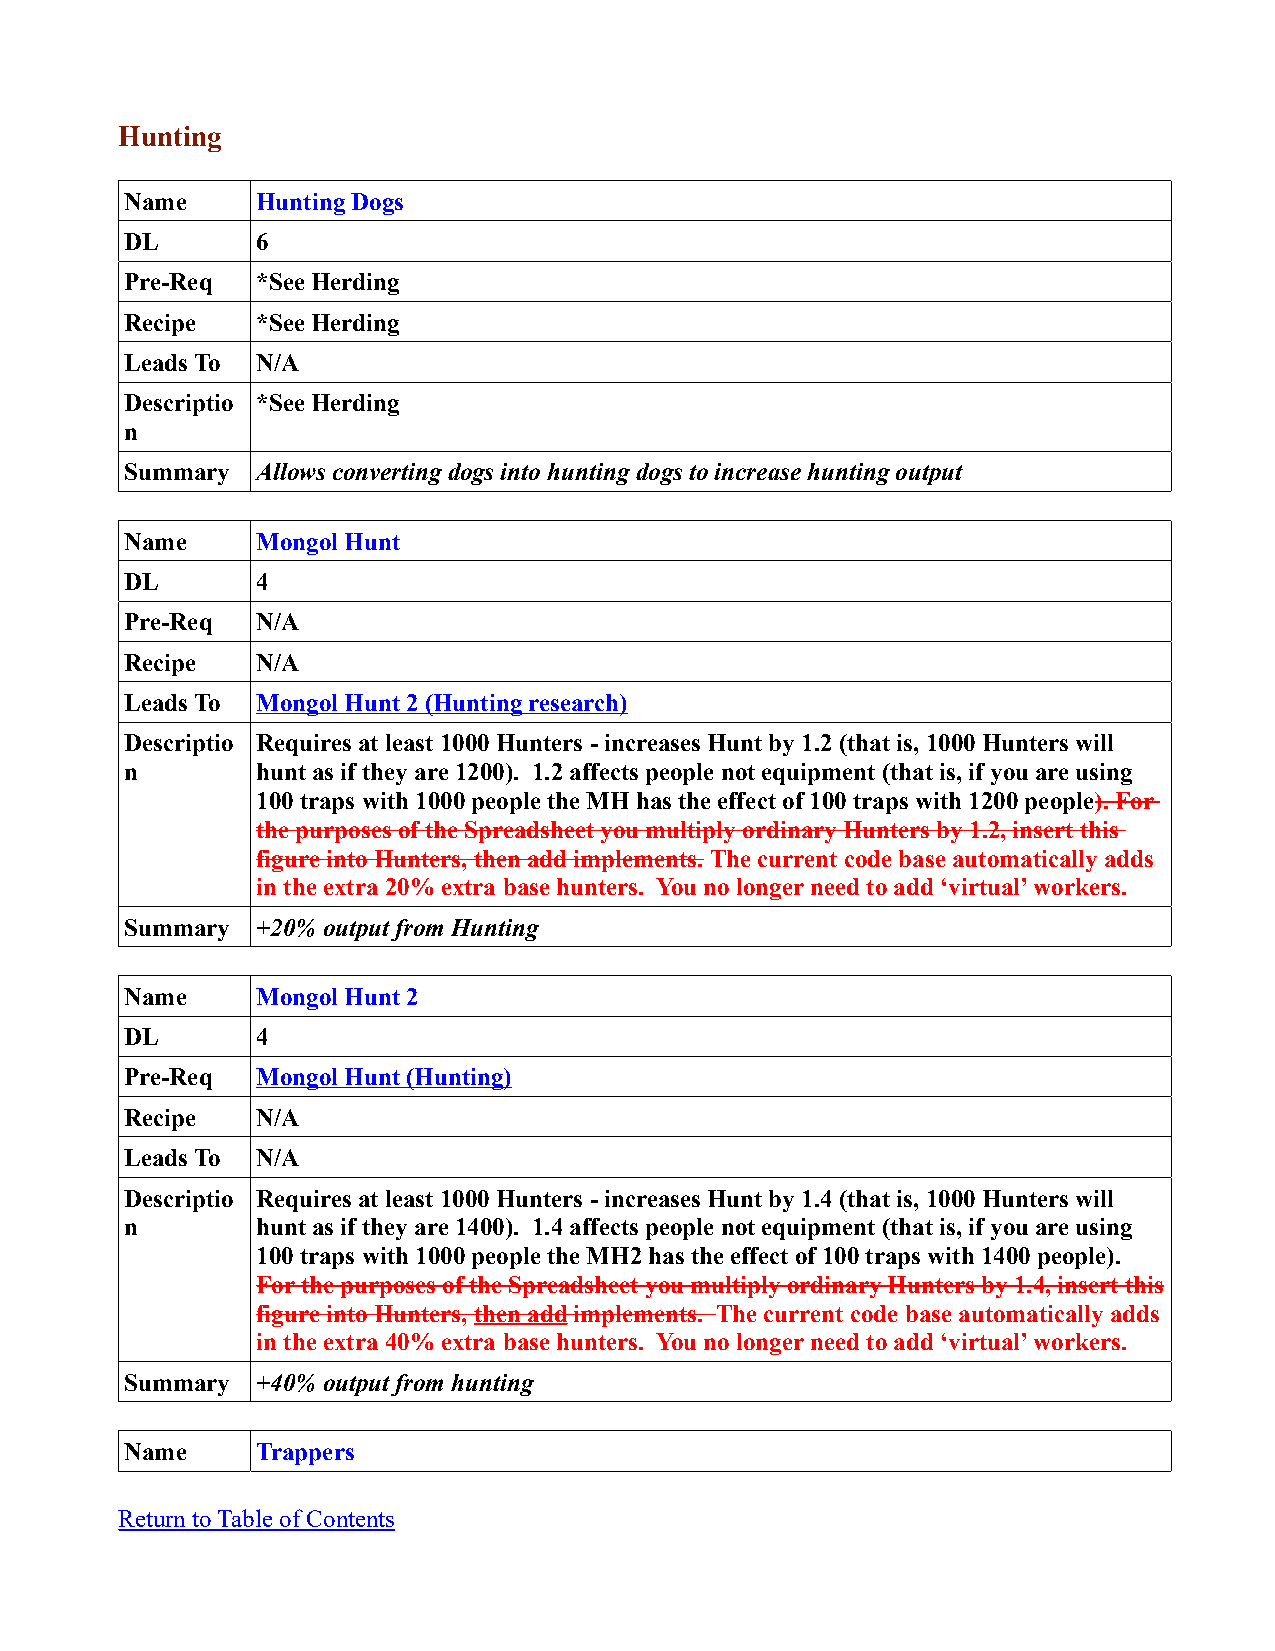
Hunting
 Name     Hunting Dogs
 DL       6
 Pre-Req  *See Herding
 Recipe   *See Herding
 Leads To N/A
 Descriptio *See Herding
 n
 Summary  Allows converting dogs into hunting dogs to increase hunting output
 Name     Mongol Hunt
 DL       4
 Pre-Req  N/A
 Recipe   N/A
 Leads To Mongol Hunt 2 (Hunting research)
 Descriptio Requires at least 1000 Hunters - increases Hunt by 1.2 (that is, 1000 Hunters will
 n        hunt as if they are 1200). 1.2 affects people not equipment (that is, if you are using
 100 traps with 1000 people the MH has the effect of 100 traps with 1200 people). For
 the purposes of the Spreadsheet you multiply ordinary Hunters by 1.2, insert this
 figure into Hunters, then add implements. The current code base automatically adds
 in the extra 20% extra base hunters. You no longer need to add ‘virtual’ workers.
 Summary  +20% output from Hunting
 Name     Mongol Hunt 2
 DL       4
 Pre-Req  Mongol Hunt (Hunting)
 Recipe   N/A
 Leads To N/A
 Descriptio Requires at least 1000 Hunters - increases Hunt by 1.4 (that is, 1000 Hunters will
 n        hunt as if they are 1400). 1.4 affects people not equipment (that is, if you are using
 100 traps with 1000 people the MH2 has the effect of 100 traps with 1400 people).
 For the purposes of the Spreadsheet you multiply ordinary Hunters by 1.4, insert this
 figure into Hunters, then add implements. The current code base automatically adds
 in the extra 40% extra base hunters. You no longer need to add ‘virtual’ workers.
 Summary  +40% output from hunting
 Name     Trappers
 Return to Table of Contents